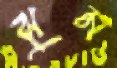
ঝুম